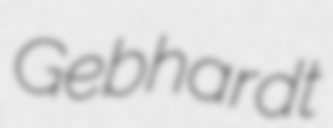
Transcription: Gebhardt